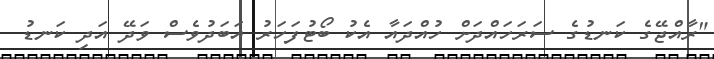
"ރާއްޖޭގެ ކަނޑުގެ ސަރަހައްދަށް ހުއްދައާ އެކު ބޯޓުފަހަރު އަބަދުވެސް ވަދޭ އަދި ކަނޑު